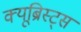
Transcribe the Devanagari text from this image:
क्यूब्रिस्ट्स